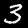
Label: 3